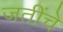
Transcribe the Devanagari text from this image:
जतींचे